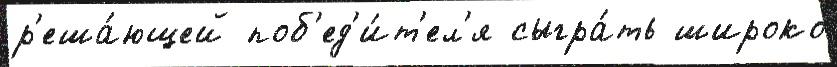
р'еша́ющей поб'ед'и́т'ел'я сыгра́ть широко